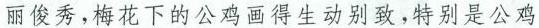
丽俊秀，梅花下的公鸡画得生动别致，特别是公鸡